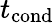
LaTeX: t_{\mathrm{cond}}